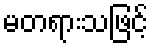
မတရားသဖြင့်